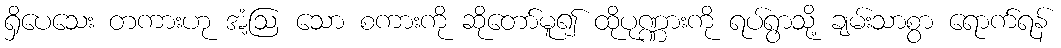
ရှိပေသေး တကားဟု အံ့ဩ သော စကားကို ဆိုတော်မူ၍ ထိုပုဏ္ဏားကို ရပ်ရွာသို့ ချမ်းသာစွာ ရောက်ရန်